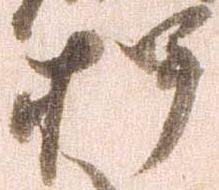
押